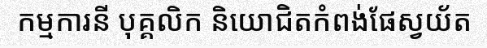
កម្មការនី បុគ្គលិក និយោជិតកំពង់ផែស្វយ័ត